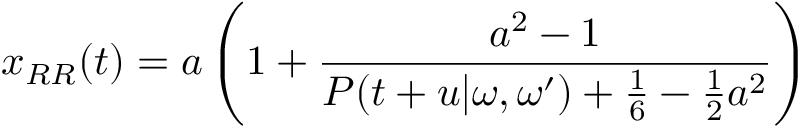
x _ { R R } ( t ) = a \left( 1 + \frac { a ^ { 2 } - 1 } { { \cal P } ( t + u | \omega , \omega ^ { \prime } ) + \frac { 1 } { 6 } - { \frac { 1 } { 2 } } a ^ { 2 } } \right)